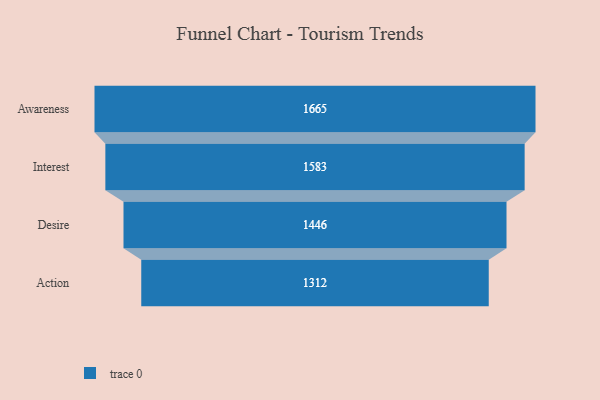
{"axis": {"x": "Stage", "y": "Value"}, "legend": [""], "data": [{"x": "Awareness", "y": 1665.0, "type": ""}, {"x": "Interest", "y": 1583.0, "type": ""}, {"x": "Desire", "y": 1446.0, "type": ""}, {"x": "Action", "y": 1312.0, "type": ""}]}